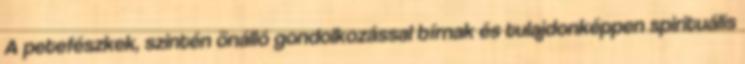
A petefészkek, szintén önálló gondolkozással bírnak és tulajdonképpen spirituális